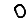
Digit: 0